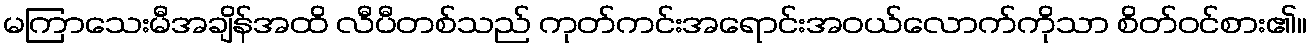
မကြာသေးမီအချိန်အထိ လီပီတစ်သည် ကုတ်ကင်းအရောင်းအဝယ်လောက်ကိုသာ စိတ်ဝင်စား၏။